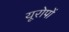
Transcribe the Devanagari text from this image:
यूरोपों